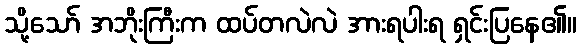
သို့သော် အဘိုးကြီးက ထပ်တလဲလဲ အားရပါးရ ရှင်းပြနေ၏။